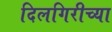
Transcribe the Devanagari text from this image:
दिलगिरीच्या